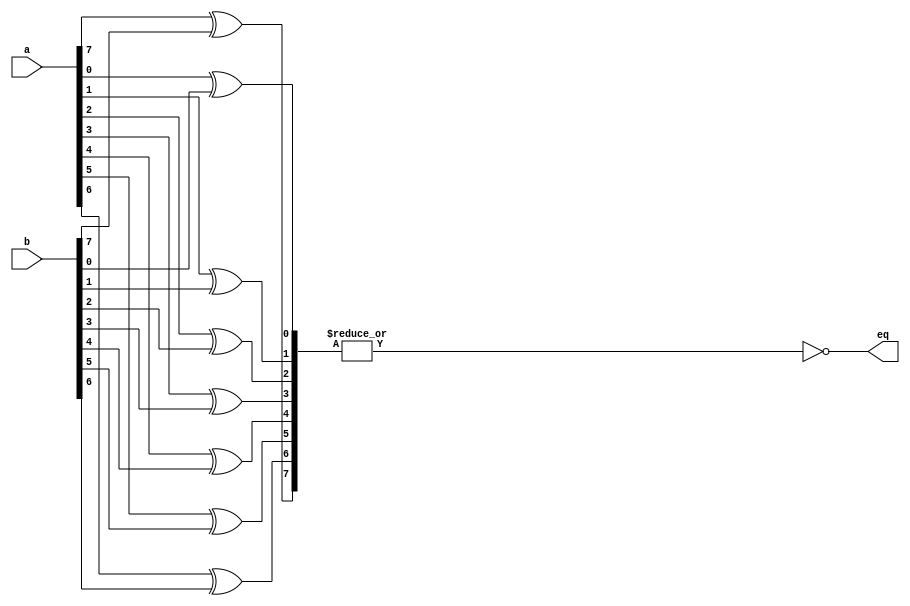

module Comp #(parameter SIZE=8)(a, b, eq );
  input[SIZE-1:0] a, b;
  output eq;
  wire [SIZE-1:0] axb;

   assign eq = ~| axb;
   genvar i;                                      
   generate for (i=0; i<SIZE; i=i+1) begin: row   
     xor my_xor (axb[i], a[i], b[i]);
   end endgenerate
endmodule